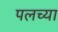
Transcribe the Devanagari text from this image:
पलच्या